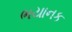
ભયાનક